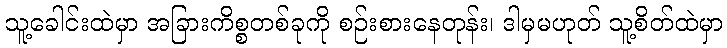
သူ့ခေါင်းထဲမှာ အခြားကိစ္စတစ်ခုကို စဉ်းစားနေတုန်း၊ ဒါမှမဟုတ် သူ့စိတ်ထဲမှာ